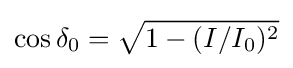
\cos \delta _{0}={\sqrt {1-(I/I_{0})^{2}}}